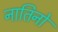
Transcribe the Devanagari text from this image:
नातिनो